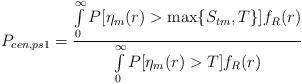
LaTeX: \begin{align*}P_{cen,ps1}=\frac{\int\limits_{0}^{\infty}P[\eta_m(r)>\max\{S_{tm},T\}]f_R(r)}{\int\limits_{0}^{\infty}P[\eta_m(r)>T]f_R(r)}\end{align*}